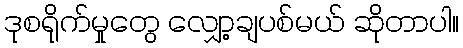
ဒုစရိုက်မှုတွေ လျှော့ချပစ်မယ် ဆိုတာပါ။